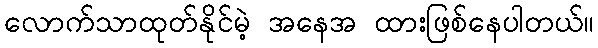
လောက်သာထုတ်နိုင်မဲ့ အနေအ ထားဖြစ်နေပါတယ်။